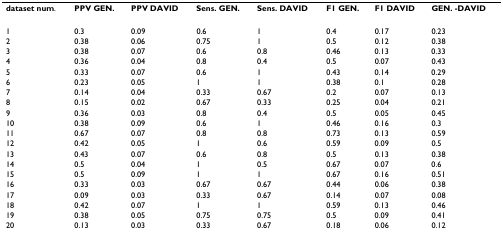
<table><thead><tr><td><b>dataset num.</b></td><td><b>PPV GEN.</b></td><td><b>PPV DAVID</b></td><td><b>Sens. GEN.</b></td><td><b>Sens. DAVID</b></td><td><b>F1 GEN.</b></td><td><b>F1 DAVID</b></td><td><b>GEN. -DAVID</b></td></tr></thead><tbody><tr><td>1</td><td>0.3</td><td>0.09</td><td>0.6</td><td>1</td><td>0.4</td><td>0.17</td><td>0.23</td></tr><tr><td>2</td><td>0.38</td><td>0.06</td><td>0.75</td><td>1</td><td>0.5</td><td>0.12</td><td>0.38</td></tr><tr><td>3</td><td>0.38</td><td>0.07</td><td>0.6</td><td>0.8</td><td>0.46</td><td>0.13</td><td>0.33</td></tr><tr><td>4</td><td>0.36</td><td>0.04</td><td>0.8</td><td>0.4</td><td>0.5</td><td>0.07</td><td>0.43</td></tr><tr><td>5</td><td>0.33</td><td>0.07</td><td>0.6</td><td>1</td><td>0.43</td><td>0.14</td><td>0.29</td></tr><tr><td>6</td><td>0.23</td><td>0.05</td><td>1</td><td>1</td><td>0.38</td><td>0.1</td><td>0.28</td></tr><tr><td>7</td><td>0.14</td><td>0.04</td><td>0.33</td><td>0.67</td><td>0.2</td><td>0.07</td><td>0.13</td></tr><tr><td>8</td><td>0.15</td><td>0.02</td><td>0.67</td><td>0.33</td><td>0.25</td><td>0.04</td><td>0.21</td></tr><tr><td>9</td><td>0.36</td><td>0.03</td><td>0.8</td><td>0.4</td><td>0.5</td><td>0.05</td><td>0.45</td></tr><tr><td>10</td><td>0.38</td><td>0.09</td><td>0.6</td><td>1</td><td>0.46</td><td>0.16</td><td>0.3</td></tr><tr><td>11</td><td>0.67</td><td>0.07</td><td>0.8</td><td>0.8</td><td>0.73</td><td>0.13</td><td>0.59</td></tr><tr><td>12</td><td>0.42</td><td>0.05</td><td>1</td><td>0.6</td><td>0.59</td><td>0.09</td><td>0.5</td></tr><tr><td>13</td><td>0.43</td><td>0.07</td><td>0.6</td><td>0.8</td><td>0.5</td><td>0.13</td><td>0.38</td></tr><tr><td>14</td><td>0.5</td><td>0.04</td><td>1</td><td>0.5</td><td>0.67</td><td>0.07</td><td>0.6</td></tr><tr><td>15</td><td>0.5</td><td>0.09</td><td>1</td><td>1</td><td>0.67</td><td>0.16</td><td>0.51</td></tr><tr><td>16</td><td>0.33</td><td>0.03</td><td>0.67</td><td>0.67</td><td>0.44</td><td>0.06</td><td>0.38</td></tr><tr><td>17</td><td>0.09</td><td>0.03</td><td>0.33</td><td>0.67</td><td>0.14</td><td>0.07</td><td>0.08</td></tr><tr><td>18</td><td>0.42</td><td>0.07</td><td>1</td><td>1</td><td>0.59</td><td>0.13</td><td>0.46</td></tr><tr><td>19</td><td>0.38</td><td>0.05</td><td>0.75</td><td>0.75</td><td>0.5</td><td>0.09</td><td>0.41</td></tr><tr><td>20</td><td>0.13</td><td>0.03</td><td>0.33</td><td>0.67</td><td>0.18</td><td>0.06</td><td>0.12</td></tr></tbody></table>